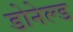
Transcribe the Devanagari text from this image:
डोनेल्ड